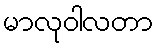
မာလုဝါလတာ